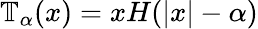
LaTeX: \mathbb{T}_{\alpha}(x)=xH(|x|-\alpha)